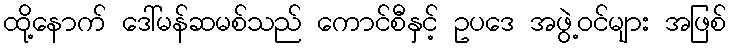
ထို့နောက် ဒေါ်မန်ဆမစ်သည် ကောင်စီနှင့် ဥပဒေ အဖွဲ့ဝင်များ အဖြစ်